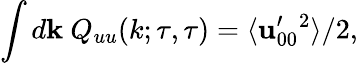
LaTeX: \int d{\mathbf{k}}\ Q_{uu}(k;\tau,\tau)=\langle{{\mathbf{u}}_{00}^{\prime}{}^{2}}\rangle/2,